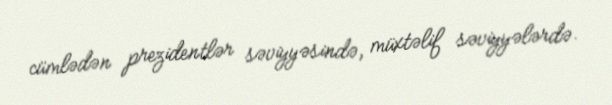
cümlədən prezidentlər səviyyəsində, müxtəlif səviyyələrdə.